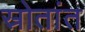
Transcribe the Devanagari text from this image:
स्रोतांत